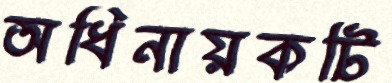
অধিনায়কটি